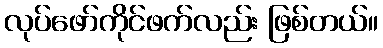
လုပ်ဖော်ကိုင်ဖက်လည်း ဖြစ်တယ်။